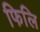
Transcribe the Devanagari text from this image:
फिलि